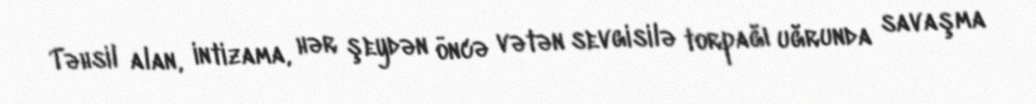
Təhsil alan, intizama, hər şeydən öncə vətən sevgisilə torpağı uğrunda savaşma